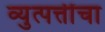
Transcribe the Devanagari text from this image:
व्युत्पत्तींचा